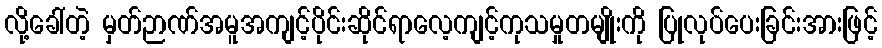
လို့ခေါ်တဲ့ မှတ်ဉာဏ်အမူအကျင့်ပိုင်းဆိုင်ရာလေ့ကျင့်ကုသမှုတမျိုးကို ပြုလုပ်ပေးခြင်းအားဖြင့်